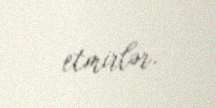
etmirlər.